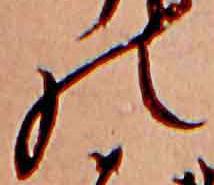
の